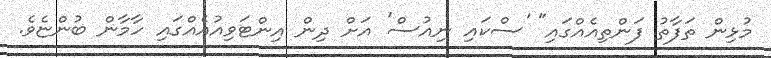
މުޅިން ތަފާތު ފަންތިއެއްގައި" 'ސްކައި ނިއުސް' އަށް ދިން އިންޓަވިއުއެއްގައި ހާމާން ބުންޏެވެ.